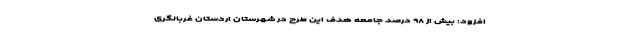
افزود: بیش از ۹۸ درصد جامعه هدف این طرح در شهرستان اردستان غربالگری